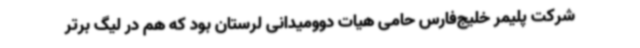
شرکت پلیمر خلیج‌فارس حامی هیات دوومیدانی لرستان بود که هم در لیگ برتر